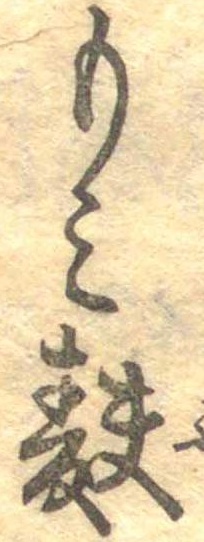
もみ麩